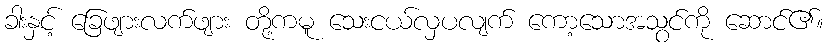
ခါးနှင့် ခြေဖျားလက်ဖျား တို့ကမူ သေးငယ်လှပလျက် ကော့သောအသွင်ကို ဆောင်၏။